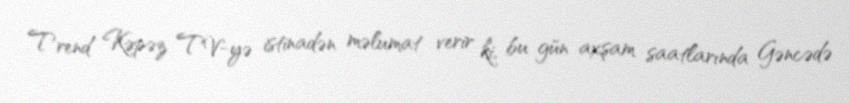
Trend Kəpəz TV-yə istinadən məlumat verir ki, bu gün axşam saatlarında Gəncədə